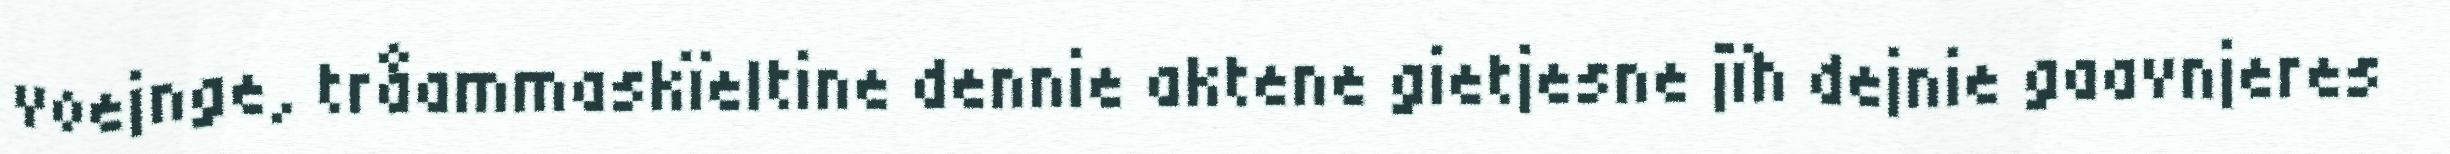
voejnge, tråammaskïeltine dennie aktene gietjesne jïh dejnie gaavnjeres